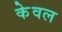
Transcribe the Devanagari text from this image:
केेवल